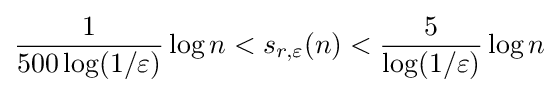
{\frac {1}{500\log(1/\varepsilon )}}\log n<s_{r,\varepsilon }(n)<{\frac {5}{\log(1/\varepsilon )}}\log n